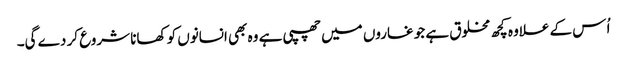
اُ س کے علاوہ کچھ مخلوق ہے جو غاروں میں چھپی ہے وہ بھی انسانوں کو کھانا شروع کر دے گی۔